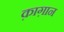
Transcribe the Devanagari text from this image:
क़ाग़ान